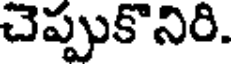
చెప్పుకొనిరి.